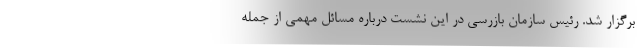
برگزار شد. رئیس سازمان بازرسی در این نشست درباره مسائل مهمی از جمله